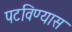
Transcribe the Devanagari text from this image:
पटविण्यास